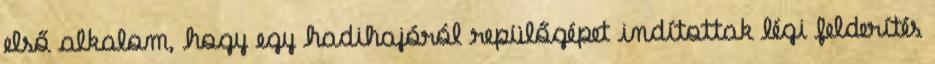
első alkalom, hogy egy hadihajóról repülőgépet indítottak légi felderítés